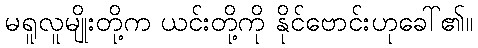
မရူလူမျိုးတို့က ယင်းတို့ကို နိုင်ဗောင်းဟုခေါ်၏။